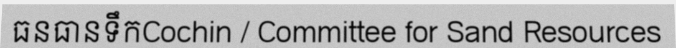
ធនធានទឹកCochin / Committee for Sand Resources